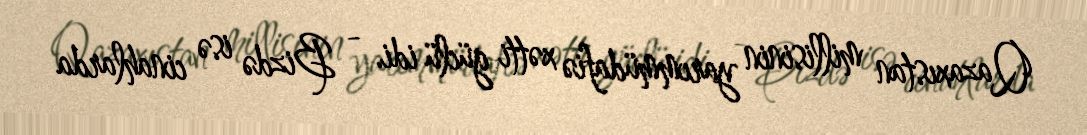
Qazaxıstan millisinin yarımmüdafiə xətti güclü idi. - Bizdə isə cinahlarda